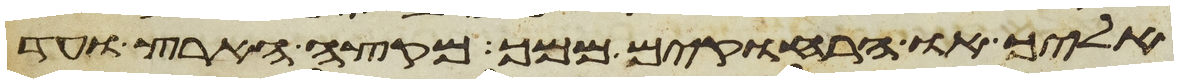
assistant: אליך או הרחוקים ממך מקצה הארץ ועד